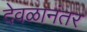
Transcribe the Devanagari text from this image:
देवळानंतर